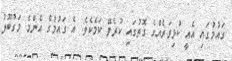
ގައުމުގައި އެއީ ކުޅިވަރެއްގެ ގޮތުގައި ކުރެވޭ ކަމެކެވެ. އެ ގައުމުގެ އެންމެ މަގުބޫލު